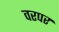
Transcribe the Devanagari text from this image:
वरपर